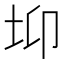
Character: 𡊁